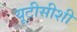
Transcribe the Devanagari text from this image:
यूटीसीशी